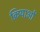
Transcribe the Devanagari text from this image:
क्रियाओँ